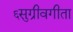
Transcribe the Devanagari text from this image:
६सुग्रीवगीता